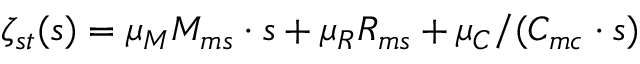
\zeta _ { s t } ( s ) = \mu _ { M } M _ { m s } \cdot s + \mu _ { R } R _ { m s } + \mu _ { C } / ( C _ { m c } \cdot s )